Report on vaccination in Madras 1895-1903 - 1895-1903
Year: 1895
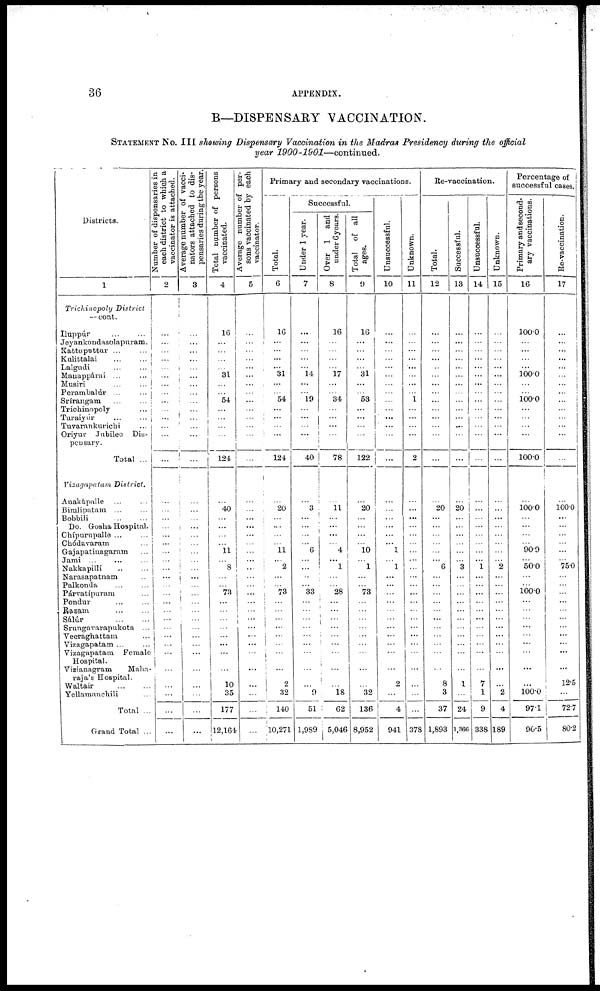
36
APPENDIX.
B—DISPENSARY VACCINATION.
STATEMENT No. III showing Dispensary Vaccination in the Madras Presidency during the official
year 1900-1901—continued.
Districts.
1
Trichinopoly District
— cont.
Iluppúr
...
...
Jeyankondasolapuram.
Kattuputtur ... ...
Kulittalai
...
...
Lalgudi ... ...
Manappárai ... ...
Musiri ... ...
Perambalúr ... ...
Srírangam ... ...
Trichinopoly ...
Turaiyúr ... ...
Tuvarankurichi ...
Oriyur Jubilee Dis-
pensary.
Total ...
Vizagapatam District.
Anakápalle ... ...
Bimlipatam ... ...
Bobbili
...
...
Do. Gosha Hospital.
Chípumpalle ... ...
Chódavaram ...
Gajapatinagaram ...
Jami ... ... ...
Nakkapilli ... ...
Narasapatnam ...
Palkonda ... ...
Párvatípuram ...
Pondur ... ...
Razam
...
...
Sálúr
...
...
Srungavarapukota ...
Veeraghattam ...
Vizagapatam ... ...
Vizagapatam Female
Hospital.
Vizianagram
Maha-
raja's Hospital.
Waltair
...
...
Yellamanchili ...
Total ...
Grand Total ...
Number of dispensaries in
each district to which a
vaccinator is attached.
2
...
...
...
...
...
...
...
...
...
...
...
...
...
...
...
...
...
...
...
...
...
...
...
...
...
...
...
...
...
...
...
...
...
...
...
...
...
...
Average number of vacci-
nators attached to dis-
pensaries during the year.
3
...
...
...
...
...
...
...
...
...
...
...
...
...
...
...
...
...
...
...
...
...
...
...
...
...
...
...
...
...
...
...
...
...
...
...
...
...
...
Total number of persons
vaccinated.
4
16
...
...
...
...
31
...
...
54
...
...
...
...
124
...
40
...
...
...
... 11
... 8
...
... 73
...
...
...
...
...
...
...
...
10
35
177
12,164
Average number of per-
sons vaccinated by each
vaccinator.
5
...
...
...
...
...
...
...
...
...
...
...
...
...
...
...
...
...
...
...
...
...
... ...
...
...
...
...
...
...
...
...
...
...
...
...
...
...
...
Primary and secondary vaccinations.
Total.
6
16
...
...
...
... 31
...
...
54
...
...
...
...
124
...
20
...
...
...
... 11
... 2
...
... 73
...
...
...
...
...
...
...
...
2
32
140
10,271
Successful.
Under 1 year.
7
...
...
...
...
...
14
...
...
19
...
...
...
...
40
...
3
...
...
...
... 6
... ...
...
... 33
...
...
...
...
...
...
...
...
...
9
51
1,989
Over 1 and
under 6 years.
8
16
...
...
...
...
17
...
...
34
...
...
...
...
78
...
11
...
...
...
... 4
... 1
...
... 28
...
...
...
...
...
...
...
...
...
18
62
5,046
Total of all
ages.
9
16
...
...
...
...
31
...
...
53
...
...
...
...
122
...
20
...
...
...
...
10
... 1
...
... 73
...
...
...
...
...
...
...
...
...
32
136
8,952
Unsuccessful.
10
...
...
...
...
...
...
...
...
...
...
...
...
...
...
...
...
...
...
...
... 1
... 1
...
...
...
...
...
...
...
...
...
...
...
2
...
4
941
Unknown.
11
...
...
...
...
...
...
...
...
1
...
...
...
...
2
...
...
...
...
...
...
...
...
...
...
...
...
...
...
...
...
...
...
...
...
...
...
...
378
Re-vaccination.
Total.
12
...
...
...
...
...
...
...
...
...
...
...
...
...
...
...
20
...
...
...
...
...
... 6
...
...
...
...
...
...
...
...
...
...
...
8
3
37
1,893
Successful.
13
...
...
...
...
...
...
...
...
...
...
...
...
...
...
...
20
...
...
...
...
...
... 3
...
...
...
...
...
...
...
...
...
...
...
1
...
24
1,366
Unsuccessful.
14
...
...
...
...
...
...
...
...
...
...
...
...
...
...
...
...
...
...
...
...
...
... 1
...
...
...
...
...
...
...
...
...
...
...
7
1
9
338
Unknown.
15
...
...
...
...
...
...
...
...
...
...
...
...
...
...
...
...
...
...
...
...
...
... 2
...
...
...
...
...
...
...
...
...
...
...
...
2
4
189
Percentage of
successful cases.
Primary and second-
ary vaccinations.
16
100.0
...
...
...
...
100.0
...
...
100.0
...
...
...
...
100.0
...
100.0
...
...
...
... 90.9
... 50.0
...
... 100.0
...
...
...
...
...
...
...
...
...
100.0
97.1
90.5
Re-vaccination.
17
...
...
...
...
...
...
...
...
...
...
...
...
...
...
...
100.0
...
...
...
...
...
... 75.0
...
...
...
...
...
...
...
...
...
...
...
12.5
...
72.7
80.2